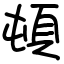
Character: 頓